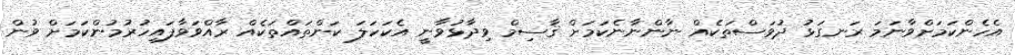
އެހެންކަމަށްވާނަމަ ރަނގަޅު ދުވަސްތަކެއް ނާންނާނެކަމަށް ޤާސިމް ވިދާޅުވާނީ އެކަހަލަ ކަންތައްތަކެއް ރާއްވަވާފައިހުރުމުންކަމަށް ވުން